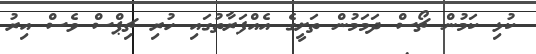
ކުޅި ކަމުން ޗޯސް ދަމަމުން ތަށީގެ އެއްފަރާތުގައި ހުރި ޗިޕްސް ވެސް އިރު